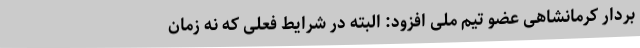
بردار کرمانشاهی عضو تیم ملی افزود: البته در شرایط فعلی که نه زمان